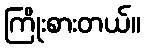
ကြိုးစားတယ်။